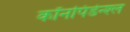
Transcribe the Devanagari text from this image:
कॉनपिडेन्श्ल